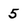
Character: 5